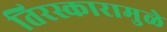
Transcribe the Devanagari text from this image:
तिरस्कारामुळे